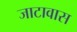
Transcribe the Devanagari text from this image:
जाटावास